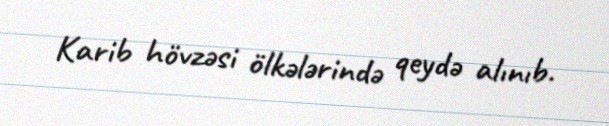
Karib hövzəsi ölkələrində qeydə alınıb.